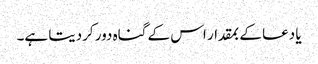
یا دعا کے بمقدار اس کے گناہ دور کردیتا ہے۔